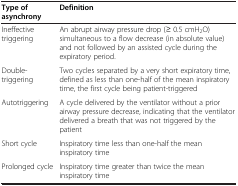
<table><thead><tr><td><b>Type of asynchrony</b></td><td><b>Definition</b></td></tr></thead><tbody><tr><td>Ineffective triggering</td><td>An abrupt airway pressure drop (≥ 0.5 cmH<sub>2</sub>O) simultaneous to a flow decrease (in absolute value) and not followed by an assisted cycle during the expiratory period.</td></tr><tr><td>Double-triggering</td><td>Two cycles separated by a very short expiratory time, defined as less than one-half of the mean inspiratory time, the first cycle being patient-triggered</td></tr><tr><td>Autotriggering</td><td>A cycle delivered by the ventilator without a prior airway pressure decrease, indicating that the ventilator delivered a breath that was not triggered by the patient</td></tr><tr><td>Short cycle</td><td>Inspiratory time less than one-half the mean inspiratory time</td></tr><tr><td>Prolonged cycle</td><td>Inspiratory time greater than twice the mean inspiratory time</td></tr></tbody></table>